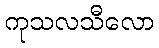
ကုသလသီလော